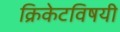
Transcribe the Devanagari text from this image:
क्रिकेटविषयी